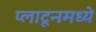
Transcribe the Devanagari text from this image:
प्लाटूनमध्ये